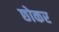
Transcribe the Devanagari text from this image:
छोकर